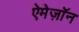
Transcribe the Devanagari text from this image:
ऐमेज़ॉन